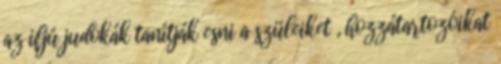
az ifjú judokák tanítják esni a szüleiket , hozzátartozóikat